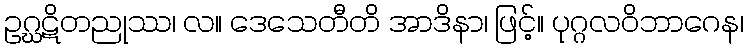
ဥဂ္ဃဋိတညုဿ၊ လ။ ဒေသေတီတိ အာဒိနာ၊ ဖြင့်။ ပုဂ္ဂလဝိဘာဂေန၊